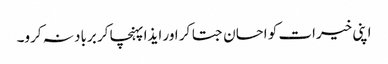
اپنی خیرات کو احسان جتا کر اور ایذا پہنچا کر برباد نہ کرو۔